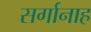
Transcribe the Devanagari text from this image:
सर्गानाह